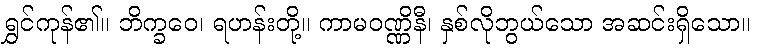
ရွှင်ကုန်၏။ ဘိက္ခဝေ၊ ရဟန်းတို့။ ကာမဝဏ္ဏိနီ၊ နှစ်လိုဘွယ်သော အဆင်းရှိသော။